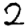
Digit: 2